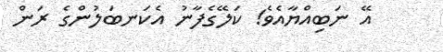
އޭ ނަބިއްޔާއެވެ! ކަލޭގެފާނު އެކަނބަލުންގެ ރަން